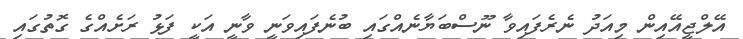
އޭލްޖީއޭއިން މިއަދު ނެރެފައިވާ ނޫސްބަޔާނެއްގައި ބުނެފައިވަނީ ވާނީ އަކީ ފަޅު ރަށެއްގެ ގޮތުގައި